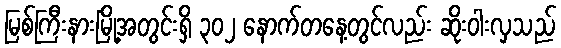
မြစ်ကြီးနားမြို့အတွင်းရှိ ၃၀၂ နောက်တနေ့တွင်လည်း ဆိုးဝါးလှသည်